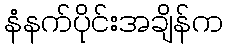
နံနက်ပိုင်းအချိန်က